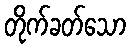
တိုက်ခတ်သော